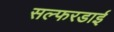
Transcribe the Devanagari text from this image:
सल्फरडाई